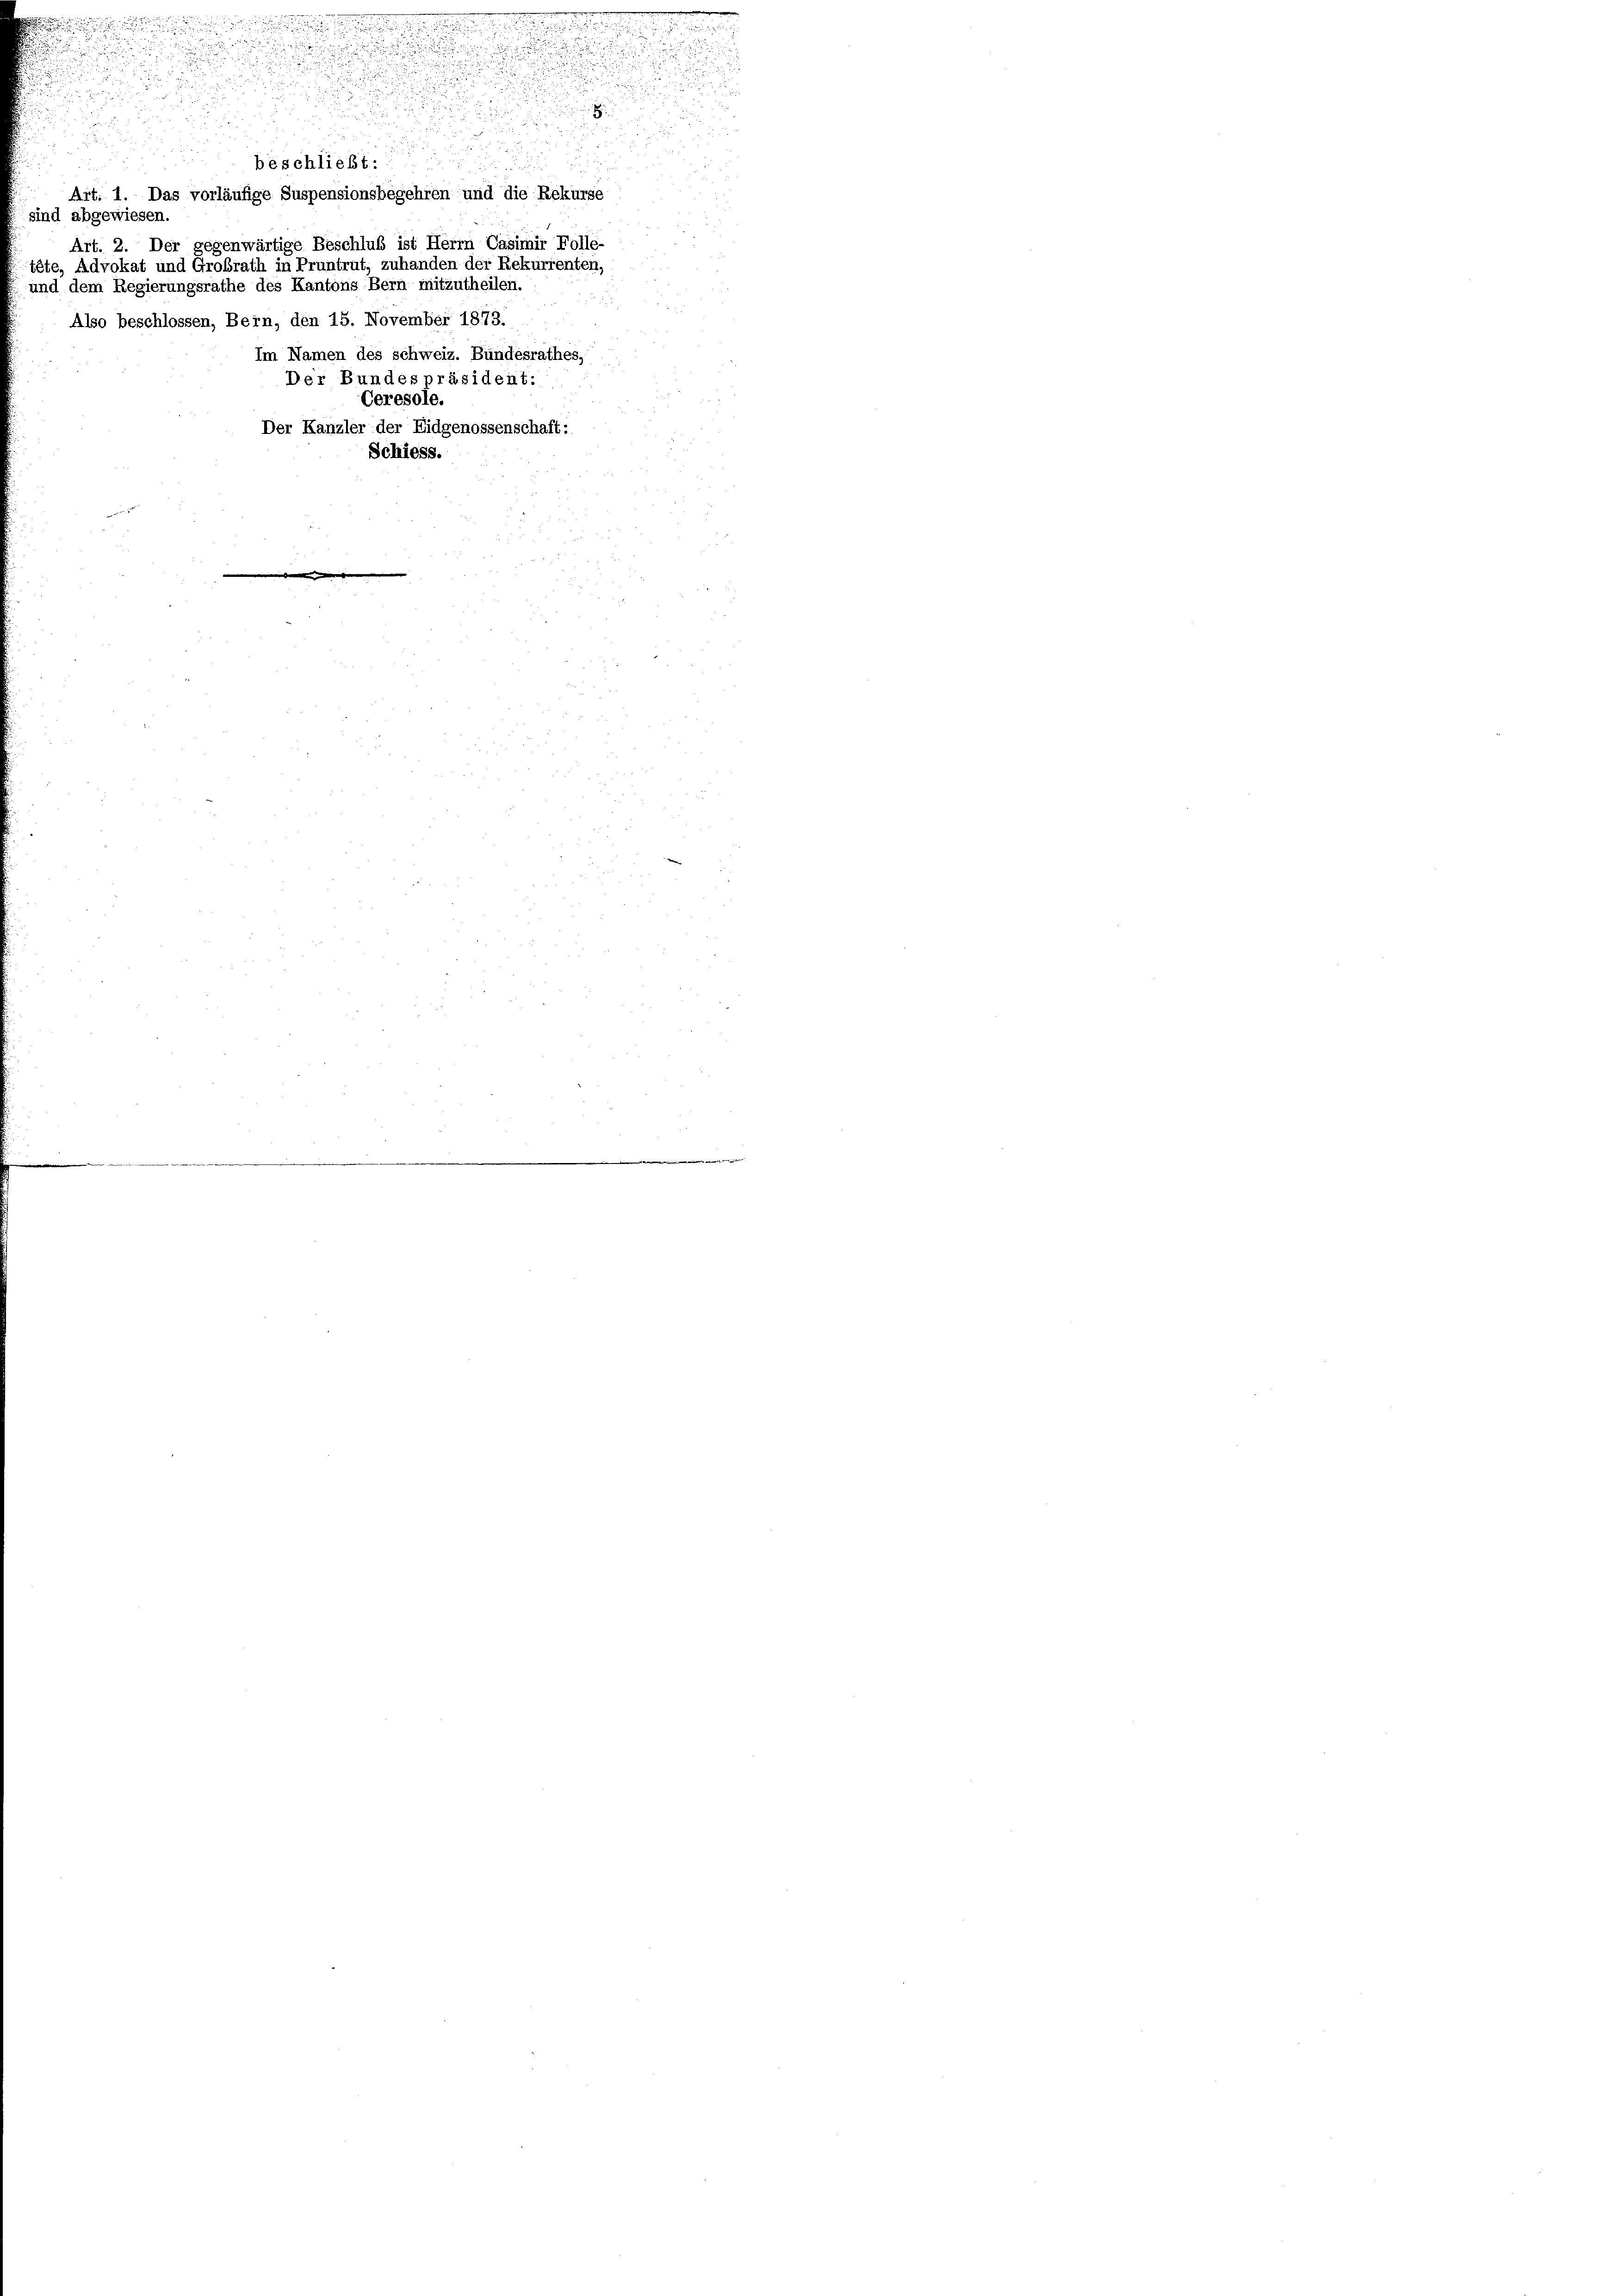
n

.
o
beschließt.
Art. 1. Das vorläufige Suspensionsbegehren und die Rekurse
sind abgewiesen.
Art. 2. Der gegenwärtige Beschluß ist Herrn Casimir Folle-
tête, Advokat und Grobrath in Pruntrut, zuhanden der Rekurrenten,
und dem Regierungsrathe des Kantons Bern mitzutheilen.
Also beschlossen, Bern, den 15. November 1873.
Im Namen des schweiz. Bundesrathes,
Der Bundespräsident:
Ceresole.
Der Kanzler der Eidgenossenschaft:
Schiess.